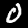
Digit: 0